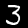
Digit: 3